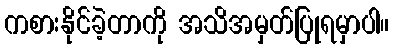
ကစားနိုင်ခဲ့တာကို အသိအမှတ်ပြုရမှာပါ။